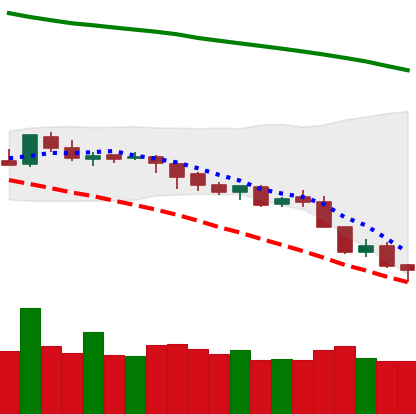
Ticker: LTC-USD
Chart end date: 2018-08-11
Forward return: -5.136%
Label: down_5_7